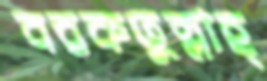
বরকতুল্লাহ্